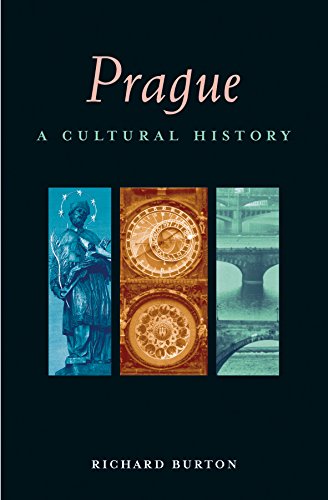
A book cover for Prague: A Cultural History (Interlink Cultural Histories) (Cities of the Imagination); Richard D. E. Burton; Travel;